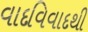
વાદવિવાદથી